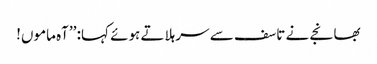
بھانجے نے تاسف سے سر ہلاتے ہوئے کہا: ’’آہ ماموں!